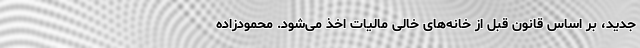
جدید، بر اساس قانون قبل از خانه‌های خالی مالیات اخذ می‌شود. محمودزاده